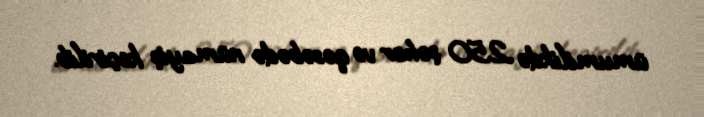
ümumilikdə 250 şəhər və qəsəbədə nümayiş keçirilib.